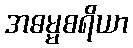
အဓမ္မစရိယာ